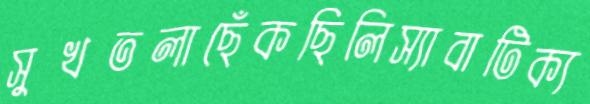
সুখতলাছেঁকছিলিস্যাবাটিক্য